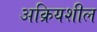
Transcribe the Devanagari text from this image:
अक्रियशील